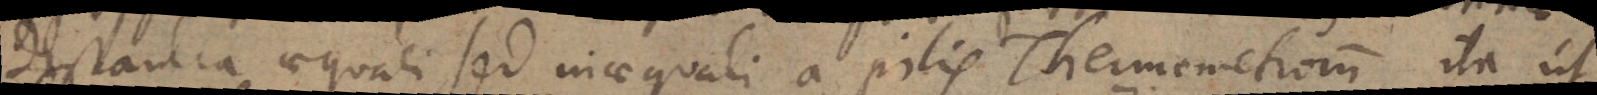
distantia aequali, sed inaequali a pilis Thermometrum, ita ut